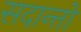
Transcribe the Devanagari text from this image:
सदान्तो